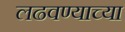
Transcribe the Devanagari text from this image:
लढवण्याच्या